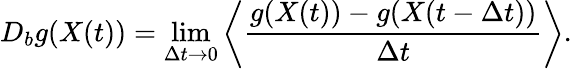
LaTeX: D_{b}g(X(t))=\operatorname*{lim}_{\Delta t\rightarrow 0}\left<\frac{g(X(t))-g(X(t-\Delta t))}{\Delta t}\right>.